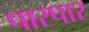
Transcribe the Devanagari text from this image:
पारपार